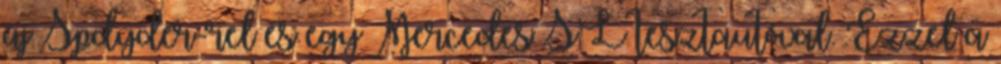
új Spdyder-rel és egy Mercedes SL tesztautóval. Ezzel a